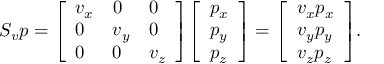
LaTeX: S _ { v } p = { \left[ \begin{array} { l l l } { v _ { x } } & { 0 } & { 0 } \\ { 0 } & { v _ { y } } & { 0 } \\ { 0 } & { 0 } & { v _ { z } } \end{array} \right] } { \left[ \begin{array} { l } { p _ { x } } \\ { p _ { y } } \\ { p _ { z } } \end{array} \right] } = { \left[ \begin{array} { l } { v _ { x } p _ { x } } \\ { v _ { y } p _ { y } } \\ { v _ { z } p _ { z } } \end{array} \right] } .